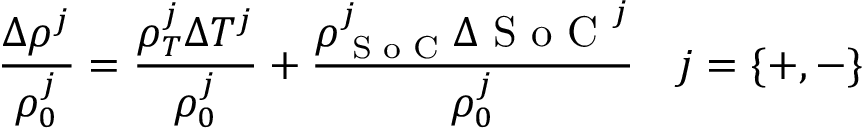
\frac { \Delta \rho ^ { j } } { \rho _ { 0 } ^ { j } } = \frac { \rho _ { T } ^ { j } \Delta T ^ { j } } { \rho _ { 0 } ^ { j } } + \frac { \rho _ { \textrm { S o C } } ^ { j } \Delta \textrm { S o C } ^ { j } } { \rho _ { 0 } ^ { j } } \quad j = \{ + , - \}